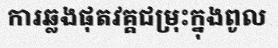
ការឆ្លងផុតវគ្គជម្រុះក្នុងពូល